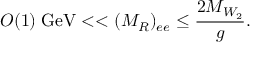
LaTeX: O ( 1 ) \; \mathrm { G e V } < < ( M _ { R } ) _ { e e } \leq \frac { 2 M _ { W _ { 2 } } } { g } .